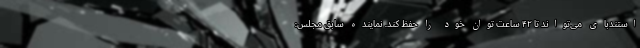
استندبای می‌تواند تا ۴۲ ساعت توان خود را حفظ کند. نماینده سابق مجلس: